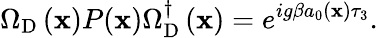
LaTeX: \Omega_{\mathrm{D}}\left({\mathbf x}\right)P({\mathbf x})\Omega_{\mathrm{D}}^{\dagger}\left({\mathbf x}\right)=e^{ig\beta a_{0}\left({\mathbf x}\right)\tau_{3}}.